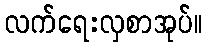
လက်ရေးလှစာအုပ်။